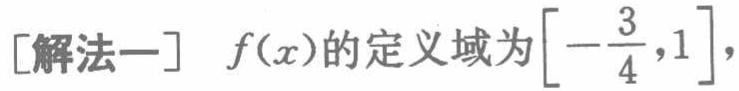
[解法一] \(f(x)\)的定义域为\(\left[-\frac{3}{4},1\right]\)，